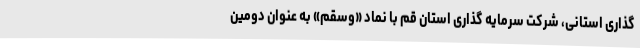
گذاری استانی، شرکت سرمایه گذاری استان قم با نماد «وسقم» به عنوان دومین